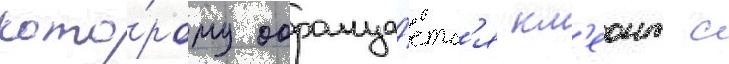
кото́рому обраща́етс'я кл'еонт с